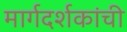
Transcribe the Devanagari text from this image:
मार्गदर्शकांची